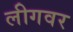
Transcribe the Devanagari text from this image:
लीगवर